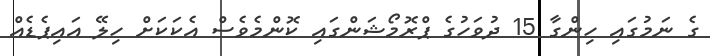
ގެ ނަމުގައި ހިންގާ 15 ދުވަހުގެ ޕްރޮމޯޝަންގައި ކޮންމެވެސް އެކަކަށް ހިލޭ އައިޕެޑެއް